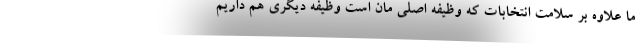
ما علاوه بر سلامت انتخابات که وظیفه اصلی مان است وظیفه دیگری هم داریم